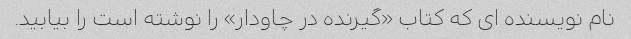
نام نویسنده ای که کتاب «گیرنده در چاودار» را نوشته است را بیابید.